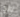
نالوا